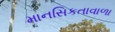
માનસિકતાવાળા